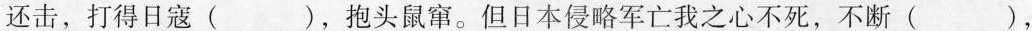
还击，打得日寇()，抱头鼠窜。但日本侵略军亡我之心不死，不断()，